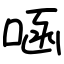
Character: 㖤